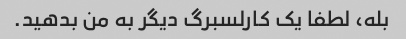
بله، لطفا یک کارلسبرگ دیگر به من بدهید.